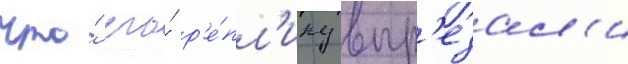
что́ его́ р'е́пл'ику выр'езал'и